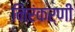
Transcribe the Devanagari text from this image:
निरंकर्णी